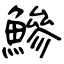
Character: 鰺